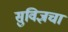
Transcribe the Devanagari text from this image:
सुविज्ञचा